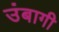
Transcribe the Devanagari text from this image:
उंबागी